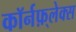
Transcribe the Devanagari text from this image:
कॉर्नफ़्लेक्स